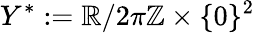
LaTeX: Y^{*}:=\mathbb{R}/2\pi\mathbb{Z}\times\{ 0\} ^{2}